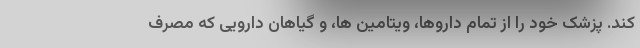
کند. پزشک خود را از تمام داروها، ویتامین ها، و گیاهان دارویی که مصرف